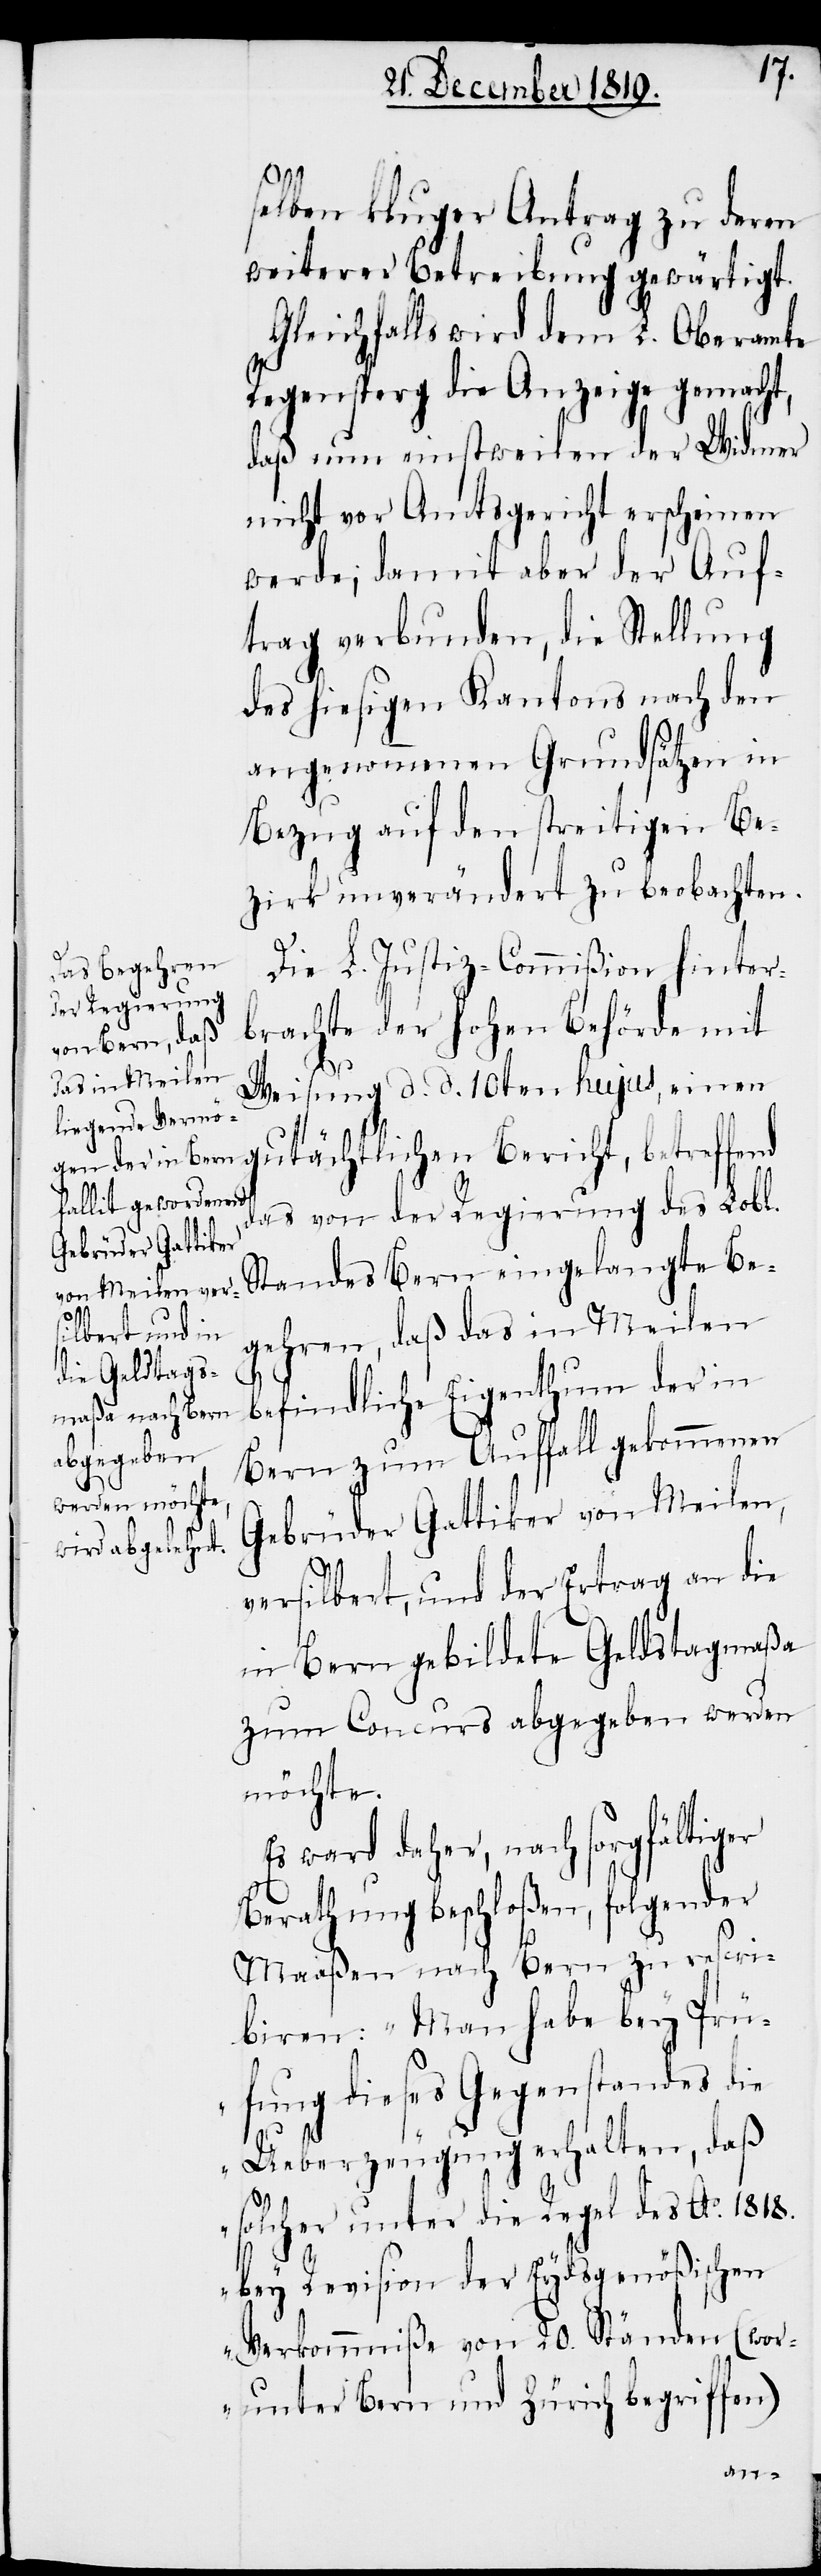
selben kluger Antrag zu deren
weiterer Betreibung gewärtigt.
Gleichfalls wird dem L. Oberamte
Regensperg die Anzeige gemacht,
daß nun einstweilen der Widmer
nicht vor Amtsgericht erscheinen
werde; damit aber der Auf¬
trag verbunden, die Stellung
des hiesigen Kantons nach den
angenommenen Grundsätzen in
Bezug auf den streitigen Be¬
zirk unverändert zu beobachten.
Die L. Justiz-Commißion hinter¬
brachte der hohen Behörde mit
Weisung d. d. 10ten hujus, einen
gutächtlichen Bericht, betreffend
das von der Regierung des Lobl.
Standes Bern eingelangte Be¬
gehren, daß das in Meilen
befindliche Eigenthum der in
Bern zum Auffall gekommenen
Gebrüder Gattiker von Meilen,
versilbert, und der Ertrag an die
in Bern gebildete Geldstagmaßa
zum Concurs abgegeben werden
möchte.
ward daher, nach sorgfältiger
Berathung beschloßen, folgender
Maaßen nach Bern zu rescri¬
biren: „Man habe bey Prü¬
fung dieses Gegenstandes die
Ueberzeugung erhalten, daß
solcher unter die Regel des Ao. 1818.
bey Revision der Eydsgenößischen
Verkommniße von 20. Ständen (wor¬
unter Bern und Zürich begriffen)